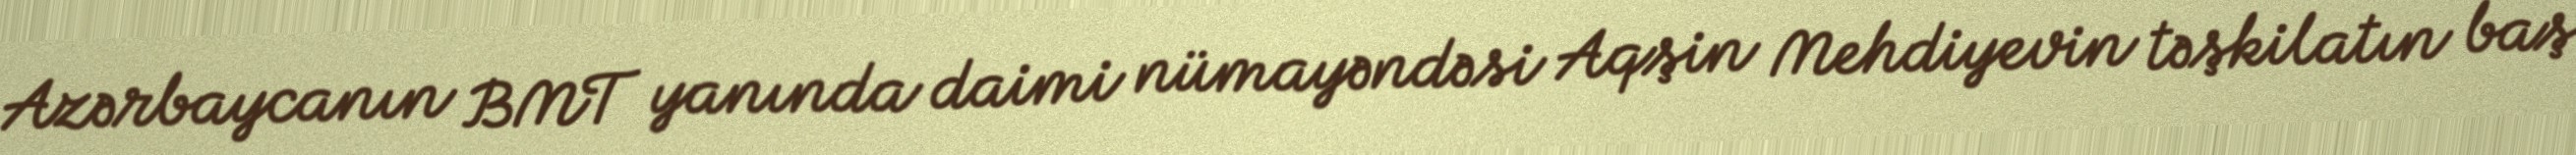
Azərbaycanın BMT yanında daimi nümayəndəsi Aqşin Mehdiyevin təşkilatın baş